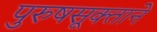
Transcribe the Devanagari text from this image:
पुरुषसूक्ताने